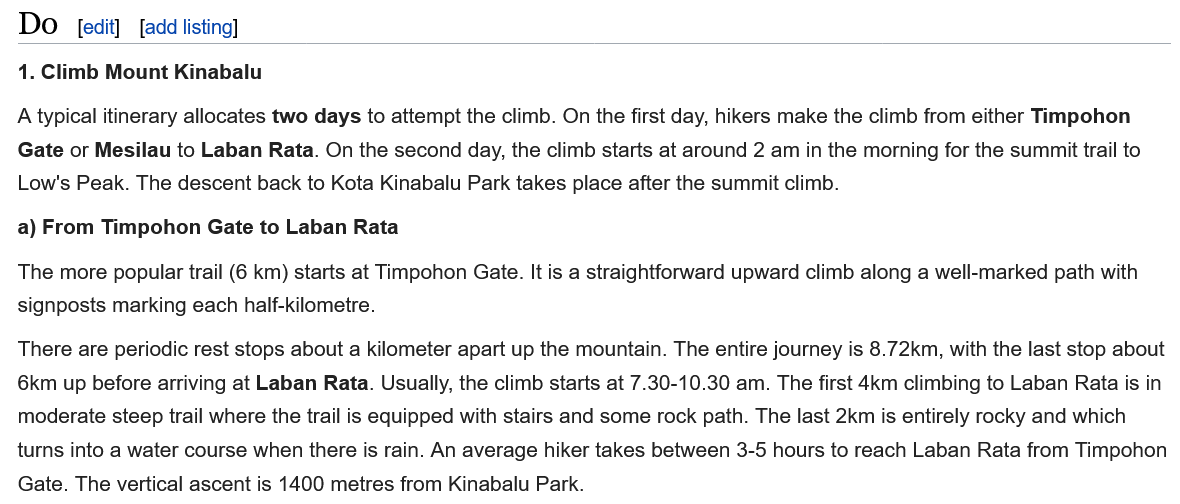
A typical itinerary allocates two days to attempt the climb. On the first day, hikers make the climb from either Timpohon
  Gate or Mesilau to Laban Rata. On the second day, the climb starts at around 2 am in the morning for the summit trail to
  Low's Peak. The descent back to Kota Kinabalu Park takes place after the summit climb.
  41. Climb Mount Kinabalu
  a) From Timpohon Gate to Laban Rata
     [edit] [add listing] Do
  There are periodic rest stops about a kilometer apart up the mountain. The entire journey is 8.72km, with the last stop about
  6km up before arriving at Laban Rata. Usually, the climb starts at 7.30-10.30 am. The first 4km climbing to Laban Rata is in
  moderate steep trail where the trail is equipped with stairs and some rock path. The last 2km is entirely rocky and which
  turns into a water course when there is rain. An average hiker takes between 3-5 hours to reach Laban Rata from Timpohon
  Gate. The vertical ascent is 1400 metres from Kinabalu Park.
  The more popular trail (6 km) starts at Timpohon Gate. It is a straightforward upward climb along a well-marked path with
  signposts marking each half-kilometre.